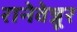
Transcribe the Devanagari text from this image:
रानेवेन्नूर